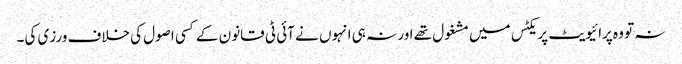
نہ تو وہ پرائیویٹ پریکٹس میں مشغول تھے اور نہ ہی انہوں نے آئی ٹی قانون کے کسی اصول کی خلاف ورزی کی۔